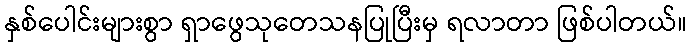
နှစ်ပေါင်းများစွာ ရှာဖွေသုတေသနပြုပြီးမှ ရလာတာ ဖြစ်ပါတယ်။